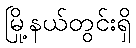
မြို့နယ်တွင်းရှိ